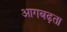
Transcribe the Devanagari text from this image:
आगबढ़ता